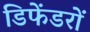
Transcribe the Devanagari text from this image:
डिफेंडरों